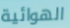
الهوائية